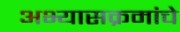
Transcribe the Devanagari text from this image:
अभ्‍यासक्रमांचे